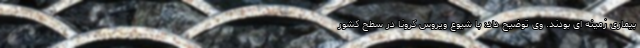
بیماری زمینه ای بودند. وی توضیح داد: با شیوع ویروس کرونا در سطح کشور